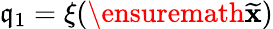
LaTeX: \mathfrak{q}_{1}=\xi(\ensuremath{{{\widetilde{{\mathbf{{x}}}}}}})